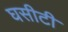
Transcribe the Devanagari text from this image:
घसीटी